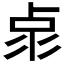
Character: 𠧳